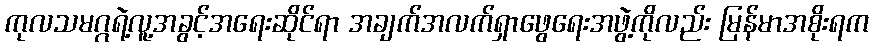
ကုလသမဂ္ဂရဲ့လူ့အခွင့်အရေးဆိုင်ရာ အချက်အလက်ရှာဖွေရေးအဖွဲ့ကိုလည်း မြန်မာအစိုးရက